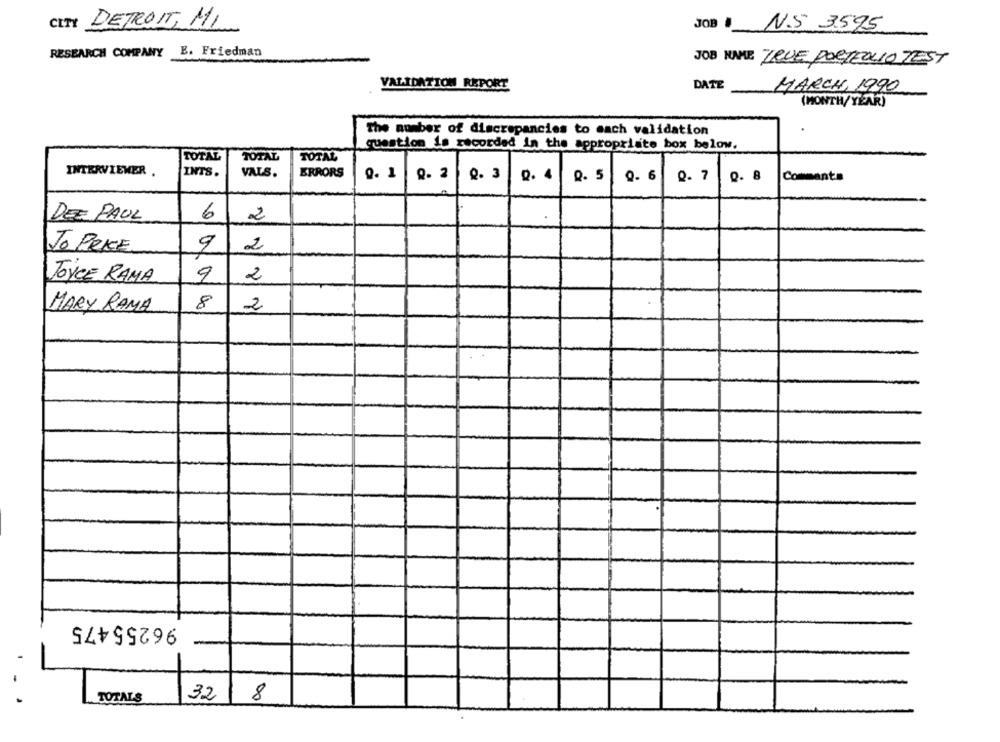
CITY DETROIT, MI
JOB N.5 3595
RESEARCH COMPANY E. Friedman
JOB NAME TRUE PORTEOLIO TEST
VALIDATION REPORT
DATE
MARCH, 1990
(MONTH/YEAR)
The number of discrepancies to each validation
question is recorded in the appropriate box below.
TOTAL
TOTAL
TOTAL
INTERVIEWER .
INTS .
VALS.
ERRORS
0. 1
Q. 2
Q. 3
Q. 4
Q. 5
Q. 6
Q. 7
Q. 8
Comments
6
2
DEE PAUL
Jo PRICE
9
2
JOYCE RAMA
9
2
8
MARY RAMA
2
96255475
TOTALS
32
1
8